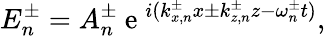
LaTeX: E_{n}^{\pm}=A_{n}^{\pm}\mathrm{~e~}^{i(k_{x,n}^{\pm}x\pm k_{z,n}^{\pm}z-\omega_{n}^{\pm}t)},